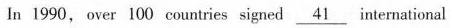
In 1990, over 100 countries signed \underline{41} international